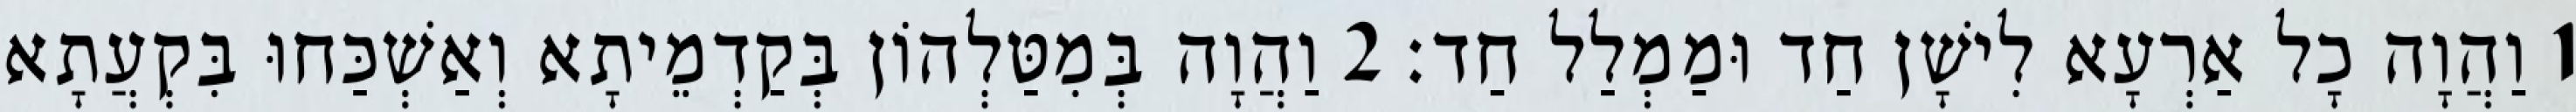
1 וַהֲוָה כָל אַרְעָא לִישָׁן חַד וּמַמְלַל חַד׃ 2 וַהֲוָה בְּמִטַּלְהוֹן בְּקַדְמֵיתָא וְאַשְׁכַּחוּ בִּקְעֲתָא